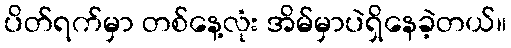
ပိတ်ရက်မှာ တစ်နေ့လုံး အိမ်မှာပဲရှိနေခဲ့တယ်။